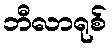
ဘီလာရုစ်